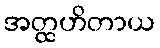
အတ္ထဟိတာယ